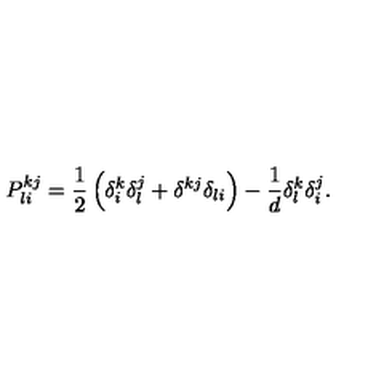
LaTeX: P _ { l i } ^ { k j } = \frac 1 2 \left( \delta _ { i } ^ { k } \delta _ { l } ^ { j } + \delta ^ { k j } \delta _ { l i } \right) - \frac 1 d \delta _ { l } ^ { k } \delta _ { i } ^ { j } .